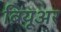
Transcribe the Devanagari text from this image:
ब्रियूअर